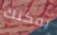
يمكنك